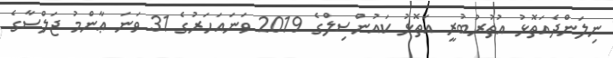
ނިލަންދެއަތޮޅު އުތުރުބުރީ އަތޮޅު ކައުންސިލްގެ 2019 ވަނައަހަރުގެ 31 ވަނަ ޢާންމު ޖަލްސާގެ